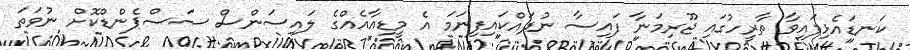
ކަނޑައެޅިފައިވާ ތާރީހުގައި ޖޫރިމަނާ ފައިސާ ނުދައްކައިފިނަމަ އެ މީޑިއާއެއްގެ ލައިސަންސް ސަސްޕެންޑްކޮށް ނުވަތަ